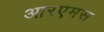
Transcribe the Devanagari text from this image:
आरएमस